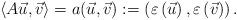
LaTeX: \begin{align*}\langle A \vec{u} , \vec{v} \rangle = a( \vec{u} , \vec{v} ):=\left(\varepsilon\left(\vec{u}\right),\varepsilon\left(\vec{v}\right)\right).\end{align*}